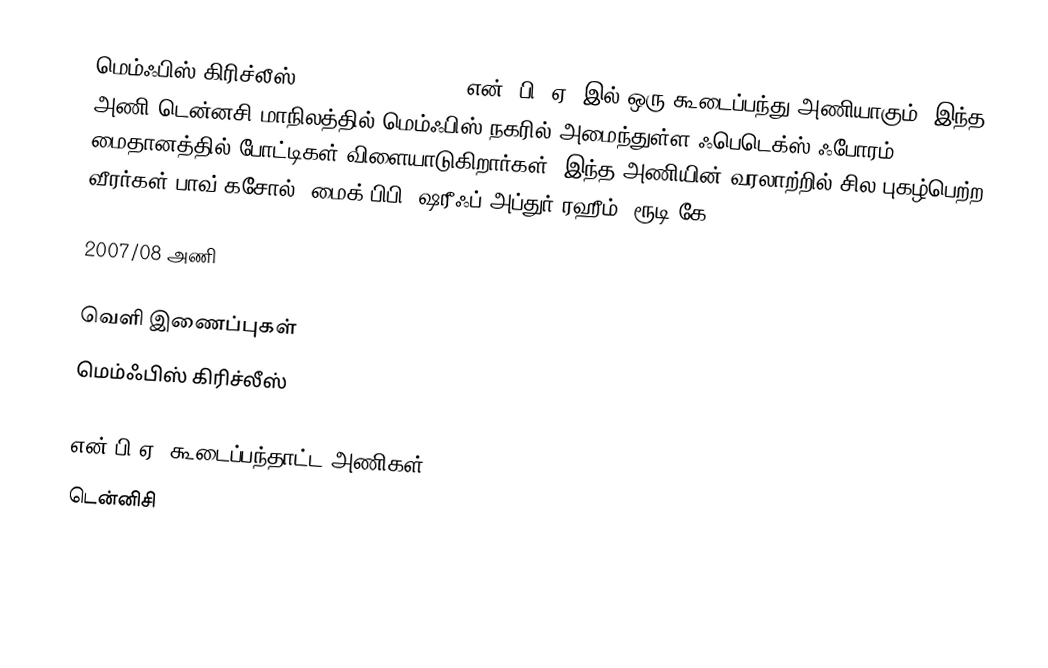
மெம்ஃபிஸ் கிரிச்லீஸ் (Memphis Grizzlies) என். பி. ஏ.-இல் ஒரு கூடைப்பந்து அணியாகும். இந்த அணி டென்னசி மாநிலத்தில் மெம்ஃபிஸ் நகரில் அமைந்துள்ள  ஃபெடெக்ஸ் ஃபோரம் மைதானத்தில் போட்டிகள் விளையாடுகிறார்கள். இந்த அணியின் வரலாற்றில் சில புகழ்பெற்ற வீரர்கள் பாவ் கசோல், மைக் பிபி, ஷரீஃப் அப்துர்-ரஹீம், ரூடி கே.

2007/08 அணி

வெளி இணைப்புகள்
 மெம்ஃபிஸ் கிரிச்லீஸ்

என்.பி.ஏ. கூடைப்பந்தாட்ட அணிகள்
டென்னிசி